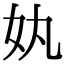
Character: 𡚺